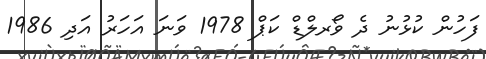
ފަހުން ކުޅުނު ދެ ވޯރލްޑް ކަޕް 1978 ވަނަ އަހަރު އަދި 1986